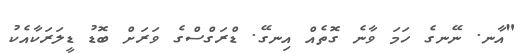
"އާނ. ނޭނގެ ހަމަ ވާނެ ގޮތެއް އިނގޭ. ޑްރަގްސްގެ ވަރަށް ބޮޑު ޑީލަރަކާއެކު